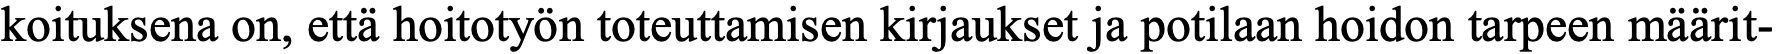
koituksena on, että hoitotyön toteuttamisen kirjaukset ja potilaan hoidon tarpeen määrit-